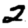
Digit: 2